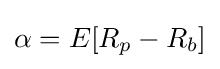
\alpha =E[R_{p}-R_{b}]